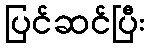
ပြင်ဆင်ပြီး